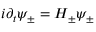
i \partial _ { t } { \psi _ { \pm } } = H _ { \pm } \psi _ { \pm }